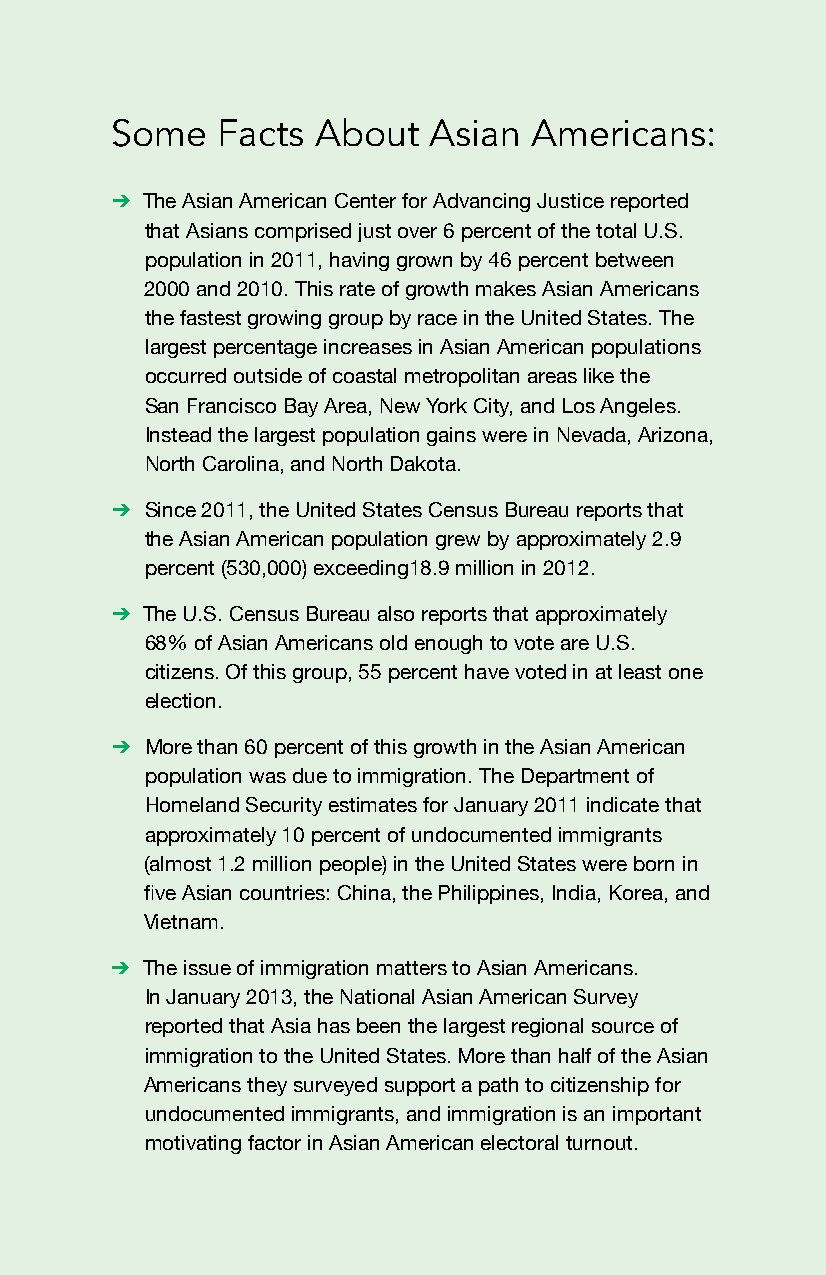
Some   Facts  About  Asian  Americans:
 ➔
 The Asian American Center for Advancing Justice reported
 that Asians comprised just over 6 percent of the total U.S.
 population in 2011, having grown by 46 percent between
 2000 and 2010. This rate of growth makes Asian Americans
 the fastest growing group by race in the United States. The
 largest percentage increases in Asian American populations
 occurred outside of coastal metropolitan areas like the
 San Francisco Bay Area, New York City, and Los Angeles.
 Instead the largest population gains were in Nevada, Arizona,
 North Carolina, and North Dakota.
 ➔
 Since 2011, the United States Census Bureau reports that
 the Asian American population grew by approximately 2.9
 percent (530,000) exceeding18.9 million in 2012.
 ➔
 The U.S. Census Bureau also reports that approximately
 68% of Asian Americans old enough to vote are U.S.
 citizens. Of this group, 55 percent have voted in at least one
 election.
 ➔
 More than 60 percent of this growth in the Asian American
 population was due to immigration. The Department of
 Homeland Security estimates for January 2011 indicate that
 approximately 10 percent of undocumented immigrants
 (almost 1.2 million people) in the United States were born in
 five Asian countries: China, the Philippines, India, Korea, and
 Vietnam.
 ➔
 The issue of immigration matters to Asian Americans.
 In January 2013, the National Asian American Survey
 reported that Asia has been the largest regional source of
 immigration to the United States. More than half of the Asian
 Americans they surveyed support a path to citizenship for
 undocumented immigrants, and immigration is an important
 motivating factor in Asian American electoral turnout.
 3